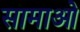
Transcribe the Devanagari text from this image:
सामाओ